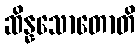
ဆိန္နသောတောတိ